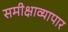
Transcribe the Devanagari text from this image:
समीक्षाव्यापार